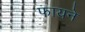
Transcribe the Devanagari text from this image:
फायने